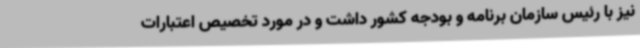
نیز با رئیس سازمان ‌برنامه و بودجه کشور داشت و در مورد تخصیص اعتبارات